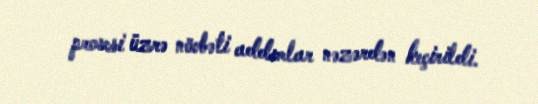
prosesi üzrə növbəti addımlar nəzərdən keçirildi.